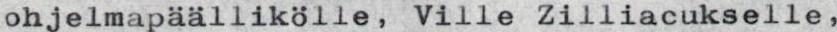
ohjelmapäällikölle, Ville Zilliacukselle,